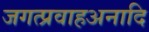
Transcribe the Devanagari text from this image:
जगत्प्रवाहअनादि